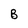
Character: B